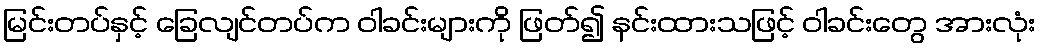
မြင်းတပ်နှင့် ခြေလျင်တပ်က ဝါခင်းများကို ဖြတ်၍ နင်းထားသဖြင့် ဝါခင်းတွေ အားလုံး